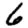
Digit: 6